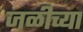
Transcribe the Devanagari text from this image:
जळीच्या